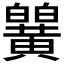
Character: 𬹒